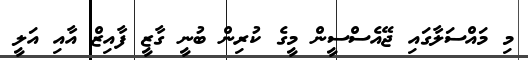
މި މައްސަލާގައި ޖޭއެސްސީން މީގެ ކުރިން ބުނީ ގާޒީ ފާއިޒް އާއި އަލީ